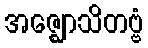
အဇ္ဈောသိတဗ္ဗံ